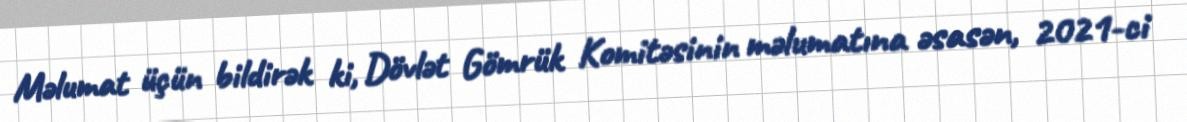
Məlumat üçün bildirək ki, Dövlət Gömrük Komitəsinin məlumatına əsasən, 2021-ci